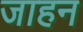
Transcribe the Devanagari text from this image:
जाहन